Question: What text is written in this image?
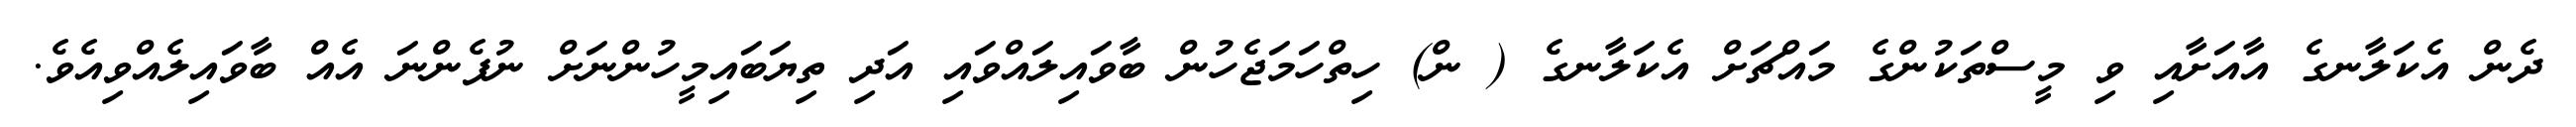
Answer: ދެން އެކަލާނގެ އާއަށާއި ވި މީސްތަކުންގެ މައްޗަށް އެކަލާނގެ ( ން) ހިތްހަމަޖެހުން ބާވައިލައްވައި އަދި ތިޔަބައިމީހުންނަށް ނުފެންނަ އެއް ބާވައިލެއްވިއެވެ.